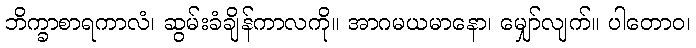
ဘိက္ခာစာရကာလံ၊ ဆွမ်းခံချိန်ကာလကို။ အာဂမယမာနော၊ မျှော်လျက်။ ပါတောဝ၊